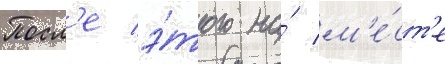
Посл'е э́того на́ м'е́ст'е